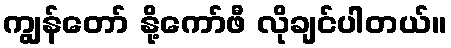
ကျွန်တော် နို့ကော်ဖီ လိုချင်ပါတယ်။